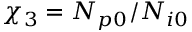
\chi _ { 3 } = N _ { p 0 } / N _ { i 0 }